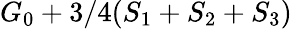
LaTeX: G_{0}+3/4(S_{1}+S_{2}+S_{3})